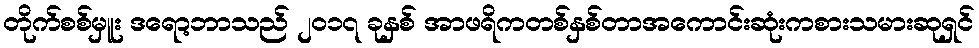
တိုက်စစ်မှူး ဒရော့ဘာသည် ၂၀၁၇ ခုနှစ် အာဖရိကတစ်နှစ်တာအကောင်းဆုံးကစားသမားဆုရှင်